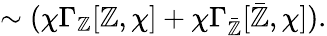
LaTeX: \sim(\chi\Gamma_{\mathbb{Z}}[\mathbb{Z},\chi]+\chi\Gamma_{\bar{{\mathbb{Z}}}}[\bar{{\mathbb{Z}}},\chi]).